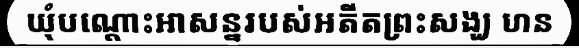
ឃុំបណ្តោះអាសន្នរបស់អតីតព្រះសង្ឃ ហន